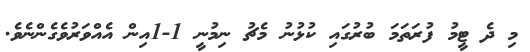
މި ދެ ޓީމު ފުރަތަމަ ބުރުގައި ކުޅުނު މެޗު ނިމުނީ 1-1އިން އެއްވަރުވެގެންނެވެ.